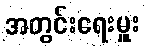
အတွင်းရေးမှူး